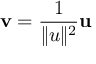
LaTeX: \mathbf { v } = { \frac { 1 } { \| u \| ^ { 2 } } } \mathbf { u }